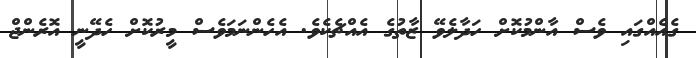
ގެއެއްގައި ވެސް އާންމުކޮށް ހަދާލެވޭ ޒާތުގެ އެއްޗެކެވެ. އެހެންނަމަވެސް މީރުކޮށް ހެދޭނީ އޮރެންޖް